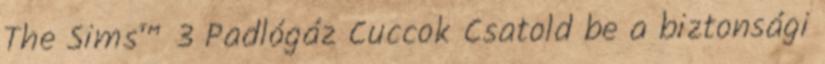
The Sims™ 3 Padlógáz Cuccok Csatold be a biztonsági